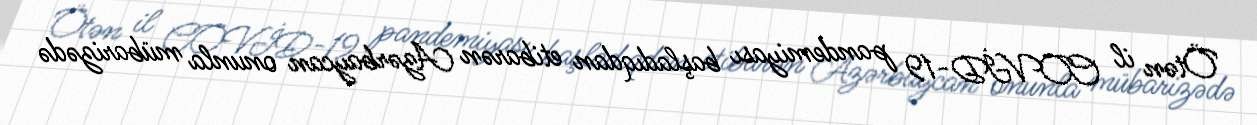
Ötən il COVİD-19 pandemiyası başladıqdan etibarən Azərbaycan onunla mübarizədə